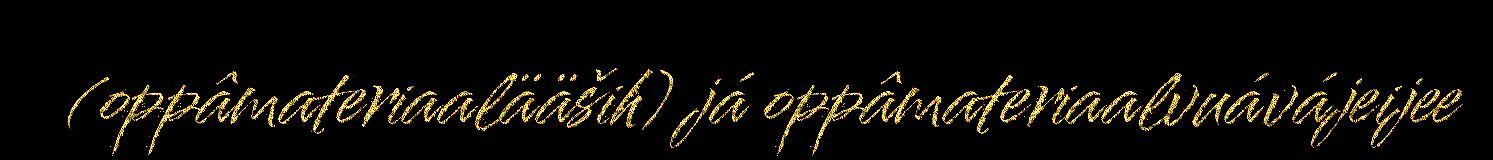
(oppâmateriaalääših) já oppâmateriaalvuávájeijee